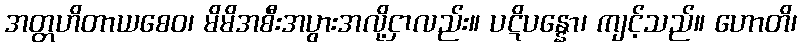
အတ္တဟိတာယစေဝ၊ မိမိအစီးအပွားအလို့ငှာလည်း။ ပဋိပန္နော၊ ကျင့်သည်။ ဟောတိ၊